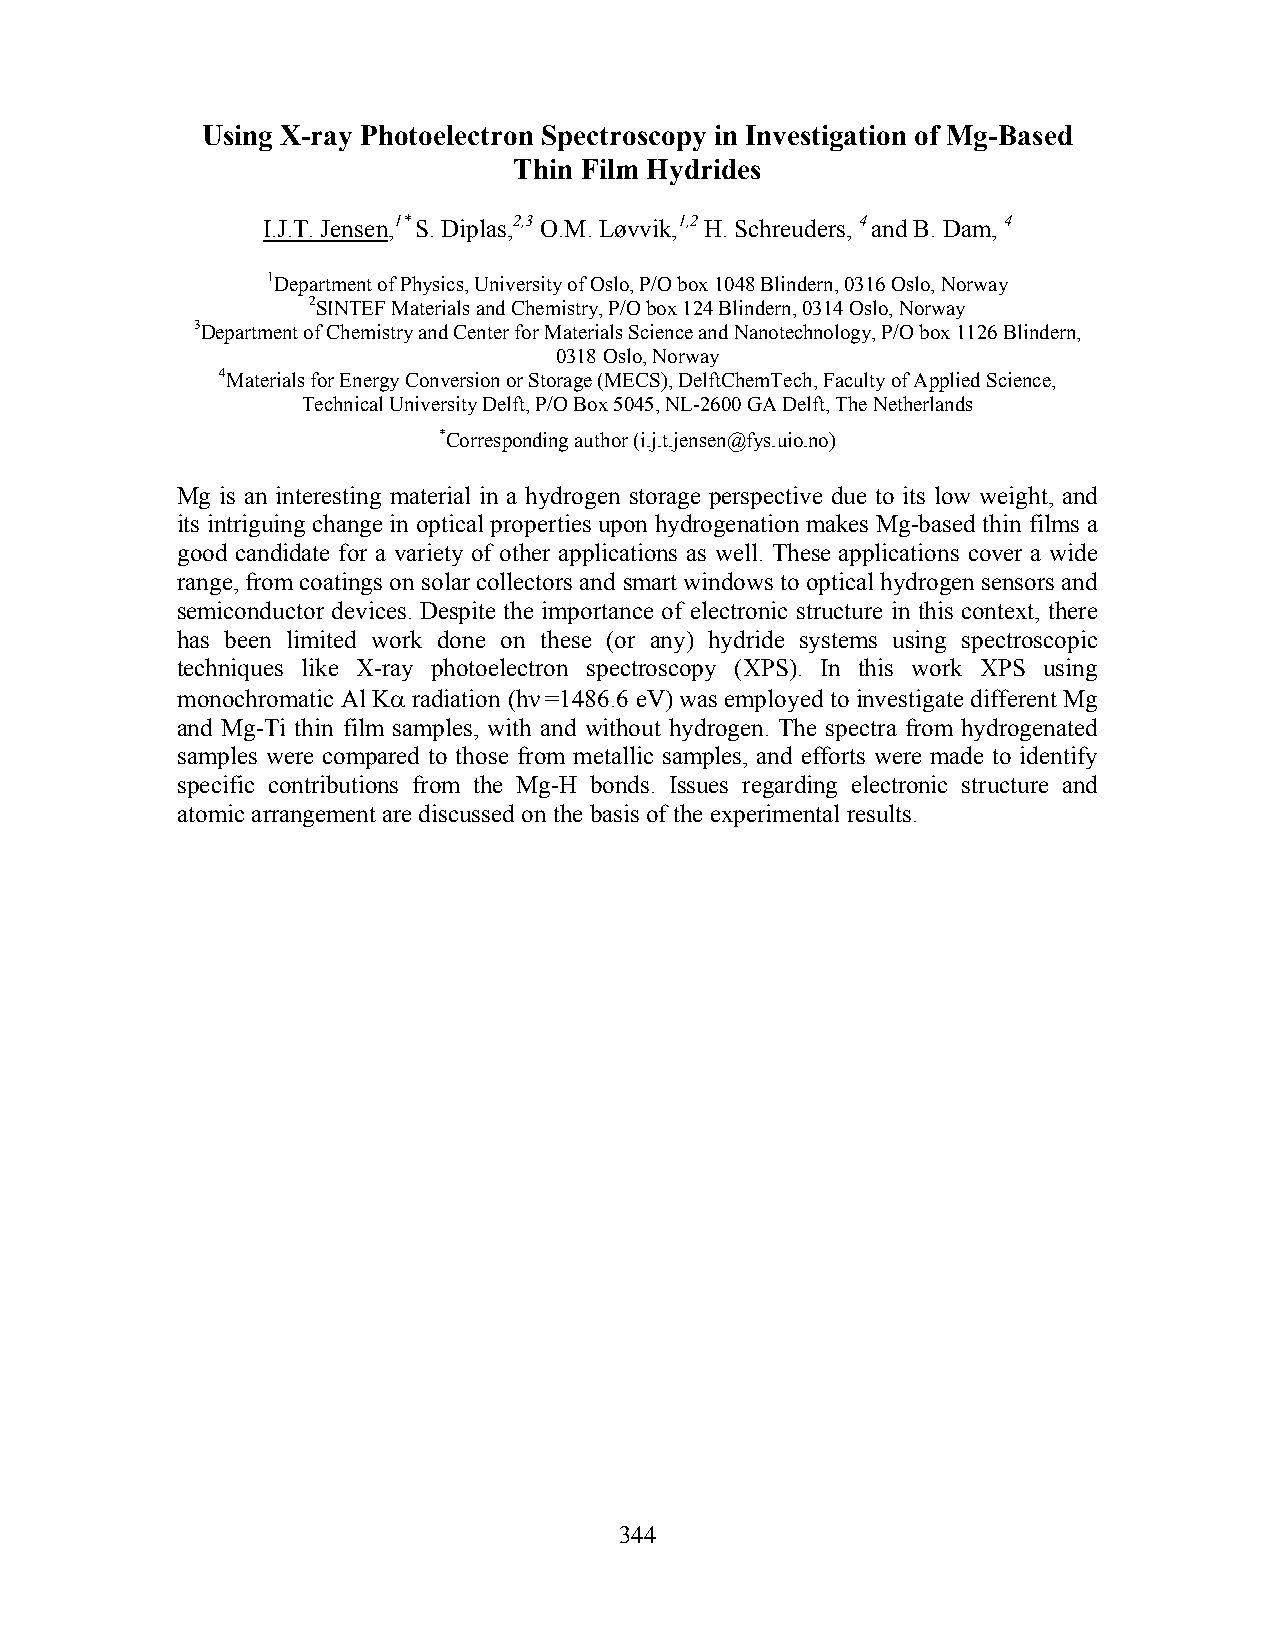
Using X-ray Photoelectron Spectroscopy in Investigation of Mg-Based
 Thin Film Hydrides
 I.J.T. Jensen,1* S. Diplas,2,3 O.M. Løvvik,1,2 H. Schreuders, 4 and B. Dam, 4
 1Department of Physics, University of Oslo, P/O box 1048 Blindern, 0316 Oslo, Norway
 2SINTEF Materials and Chemistry, P/O box 124 Blindern, 0314 Oslo, Norway
 3Department of Chemistry and Center for Materials Science and Nanotechnology, P/O box 1126 Blindern,
 0318 Oslo, Norway
 4Materials for Energy Conversion or Storage (MECS), DelftChemTech, Faculty of Applied Science,
 Technical University Delft, P/O Box 5045, NL-2600 GA Delft, The Netherlands
 *Corresponding author (i.j.t.jensen@fys.uio.no)
 Mg is an interesting material in a hydrogen storage perspective due to its low weight, and
 its intriguing change in optical properties upon hydrogenation makes Mg-based thin films a
 good candidate for a variety of other applications as well. These applications cover a wide
 range, from coatings on solar collectors and smart windows to optical hydrogen sensors and
 semiconductor devices. Despite the importance of electronic structure in this context, there
 has been limited work done on these (or any) hydride systems using spectroscopic
 techniques like X-ray photoelectron spectroscopy (XPS). In this work XPS using
 monochromatic Al Kα radiation (hν =1486.6 eV) was employed to investigate different Mg
 and Mg-Ti thin film samples, with and without hydrogen. The spectra from hydrogenated
 samples were compared to those from metallic samples, and efforts were made to identify
 specific contributions from the Mg-H bonds. Issues regarding electronic structure and
 atomic arrangement are discussed on the basis of the experimental results.
 344